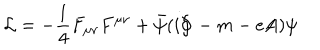
{ \cal L } = - \frac { 1 } { 4 } F _ { \mu \nu } F ^ { \mu \nu } + \bar { \psi } ( i \partial \! \! \! / \, - m - e A \! \! \! \! / \, ) \psi